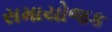
સમાયોજક